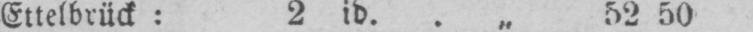
Ettelbrück: 2 id.. „ 52 50